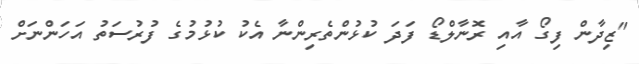
"ޒިދާން ފިގޯ އާއި ރޮނާލްޑޯ ފަދަ ކުޅުންތެރިންނާ އެކު ކުޅުމުގެ ފުރުސަތު އަހަންނަށް